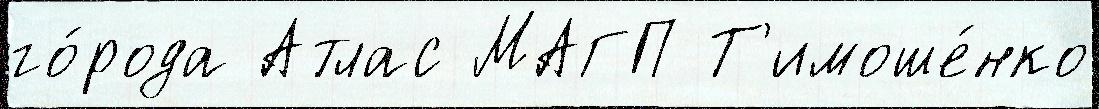
го́рода Атлас МАГП Т'имоше́нко